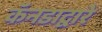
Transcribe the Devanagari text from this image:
कॅनडाद्वारे